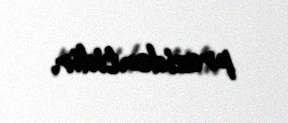
prezidentidir.